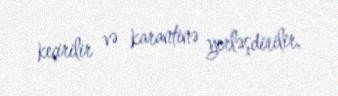
keçirilir və karantinə yerləşdirilir.